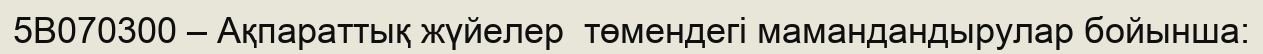
5В070300 – Ақпараттық жүйелер  төмендегі мамандандырулар бойынша: